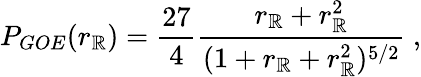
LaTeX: {P_{GOE}}(r_{\mathbb{R}})=\frac{27}{4}\frac{r_{\mathbb{R}}+r_{\mathbb{R}}^{2}}{(1+r_{\mathbb{R}}+r_{\mathbb{R}}^{2})^{5/2}}\ ,